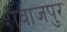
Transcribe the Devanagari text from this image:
शेवाजपुर